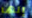
إنها